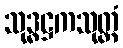
သုဒ္ဓဋ္ဌကသုတ္တံ